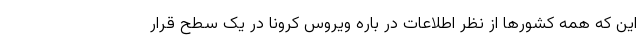
این که همه کشورها از نظر اطلاعات در باره ویروس کرونا در یک سطح قرار